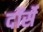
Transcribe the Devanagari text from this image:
दॉर्से